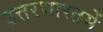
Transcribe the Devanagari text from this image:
उत्तरभारतमें